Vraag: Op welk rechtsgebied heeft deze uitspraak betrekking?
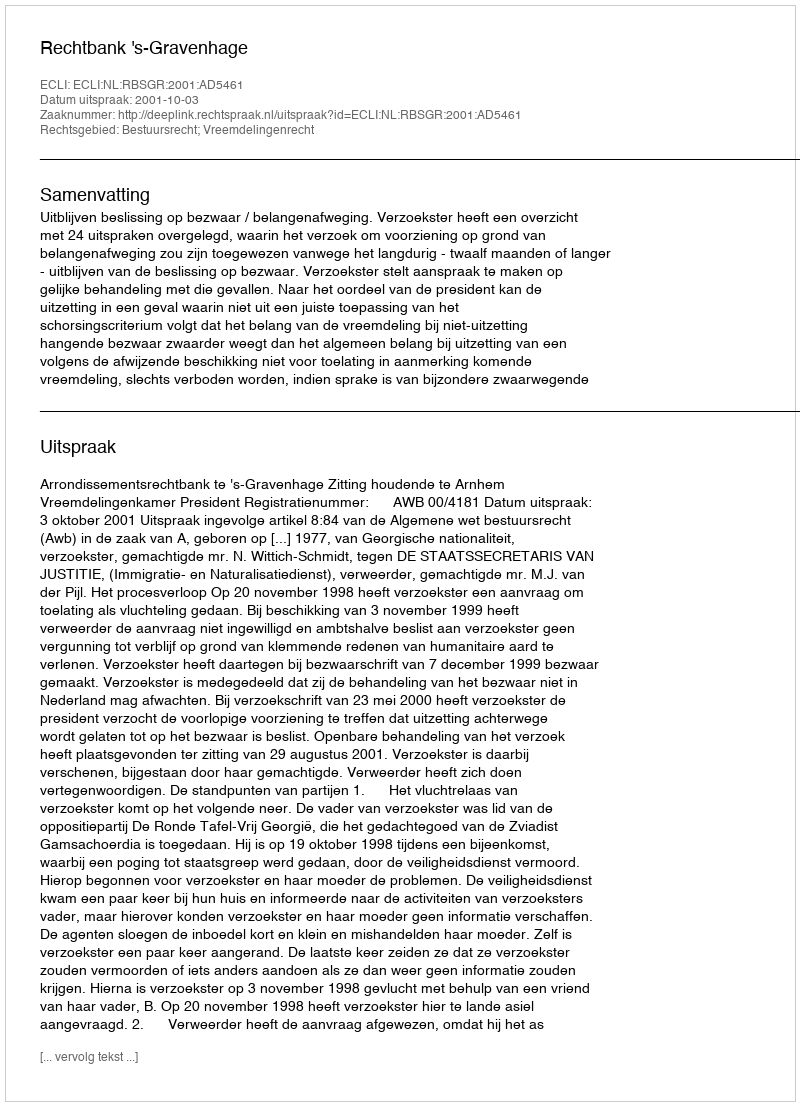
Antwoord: Bestuursrecht; Vreemdelingenrecht